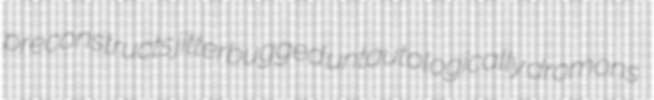
preconstructs jitterbugged untautologically dromons